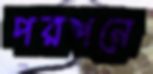
পরশনে